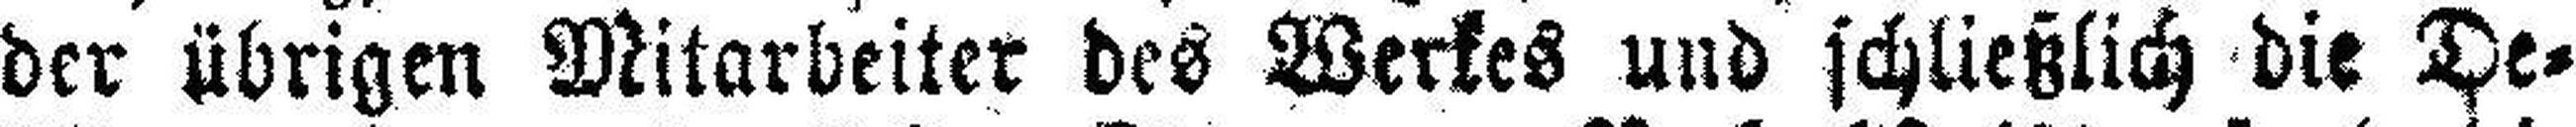
der übrigen Mitarbeiter des Werkes und schließlich die De¬